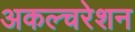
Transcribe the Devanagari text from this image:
अकल्चरेशन